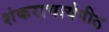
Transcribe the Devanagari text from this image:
शंकराचार्यपीठ